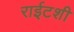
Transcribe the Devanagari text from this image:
राईटशी